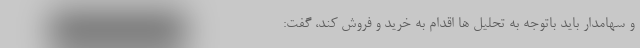
و سهامدار باید باتوجه به تحلیل ها اقدام به خرید و فروش کند، گفت: